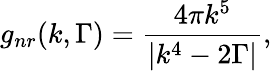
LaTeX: {g_{nr}}(k,\Gamma)=\frac{{4\pi{k^{5}}}}{{\left|{{k^{4}}-2\Gamma}\right|}},